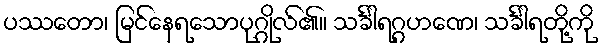
ပဿတော၊ မြင်နေရသောပုဂ္ဂိုလ်၏။ သင်္ခါရဂ္ဂဟဏေ၊ သင်္ခါရတို့ကို